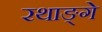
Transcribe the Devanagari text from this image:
रथाङ्गे